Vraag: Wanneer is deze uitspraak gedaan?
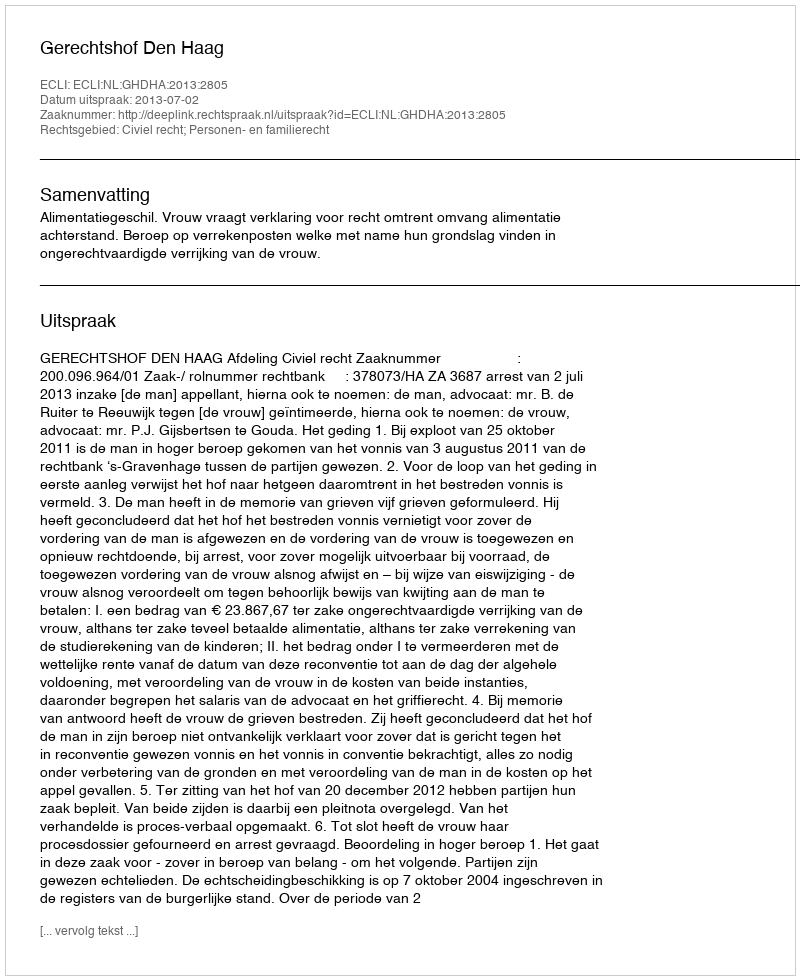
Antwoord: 2013-07-02